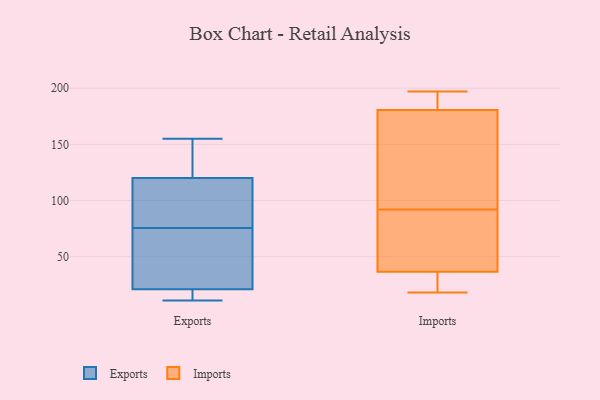
{"axis": {"x": "Production Output", "y": "Value"}, "legend": ["Exports", "Imports"], "data": [{"x": "", "y": 69, "type": "Exports"}, {"x": "", "y": 39, "type": "Exports"}, {"x": "", "y": 21, "type": "Exports"}, {"x": "", "y": 11, "type": "Exports"}, {"x": "", "y": 120, "type": "Exports"}, {"x": "", "y": 82, "type": "Exports"}, {"x": "", "y": 140, "type": "Exports"}, {"x": "", "y": 19, "type": "Exports"}, {"x": "", "y": 155, "type": "Exports"}, {"x": "", "y": 86, "type": "Exports"}, {"x": "", "y": 164, "type": "Imports"}, {"x": "", "y": 82, "type": "Imports"}, {"x": "", "y": 187, "type": "Imports"}, {"x": "", "y": 28, "type": "Imports"}, {"x": "", "y": 50, "type": "Imports"}, {"x": "", "y": 18, "type": "Imports"}, {"x": "", "y": 121, "type": "Imports"}, {"x": "", "y": 197, "type": "Imports"}, {"x": "", "y": 92, "type": "Imports"}, {"x": "", "y": 32, "type": "Imports"}, {"x": "", "y": 186, "type": "Imports"}]}